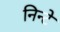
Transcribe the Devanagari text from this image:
निन्टे